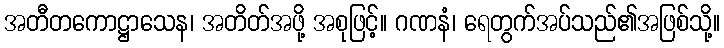
အတီတကောဋ္ဌာသေန၊ အတိတ်အဖို့ အစုဖြင့်။ ဂဏနံ၊ ရေတွက်အပ်သည်၏အဖြစ်သို့။